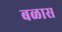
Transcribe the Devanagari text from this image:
बळास